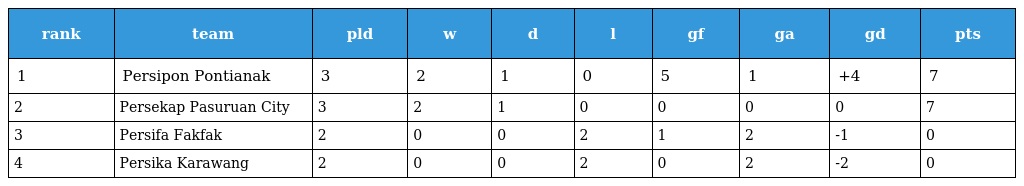
| rank | team | pld | w | d | l | gf | ga | gd | pts |
 | --- | --- | --- | --- | --- | --- | --- | --- | --- | --- |
 | 1 | Persipon Pontianak | 3 | 2 | 1 | 0 | 5 | 1 | +4 | 7 |
 | 2 | Persekap Pasuruan City | 3 | 2 | 1 | 0 | 0 | 0 | 0 | 7 |
 | 3 | Persifa Fakfak | 2 | 0 | 0 | 2 | 1 | 2 | -1 | 0 |
 | 4 | Persika Karawang | 2 | 0 | 0 | 2 | 0 | 2 | -2 | 0 |